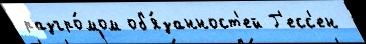
разгро́мом об'я́занност'ей Г'есс'ен